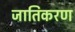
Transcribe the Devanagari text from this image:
जातिकरण